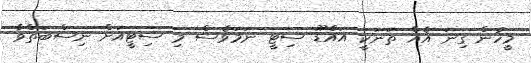
މީހުން ގިނަ އެއް ތަނަކީ އައްޑޫ ސިޓީ ނަމަވެސް މި ސިޓީއަށް ނިސްބަތްވާ